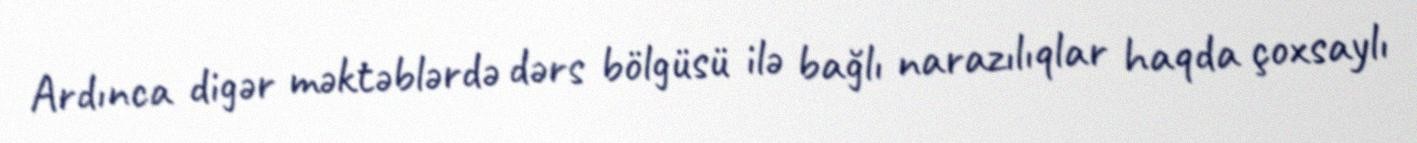
Ardınca digər məktəblərdə dərs bölgüsü ilə bağlı narazılıqlar haqda çoxsaylı